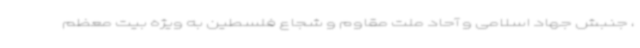
، جنبش جهاد اسلامی و آحاد ملت مقاوم و شجاع فلسطین به ویژه بیت معظم